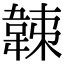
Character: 𩎩